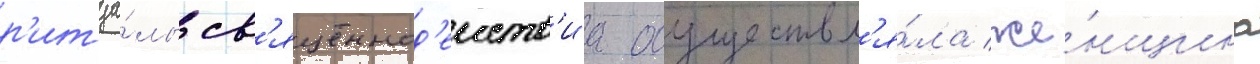
р'итуа́лы св'ященнод'еиств'иа осуществл'я́ла же́нщина